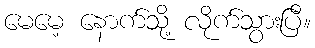
မေမေ့ နောက်သို့ လိုက်သွားပြီ။